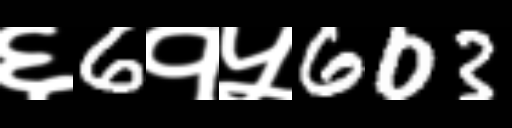
Text: ६6१५603